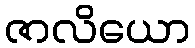
ဇာလိယော